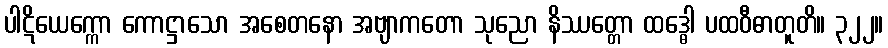
ပါဋိယေက္ကော ကောဋ္ဌာသော အစေတနော အဗျာကတော သုညော နိဿတ္တော ထဒ္ဓေါ ပထဝီဓာတူတိ။ ၃၂၂။